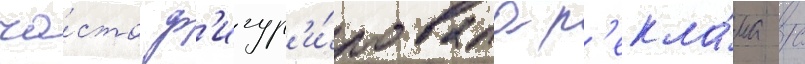
ча́сто ф'игур'и́ровала р'екла́ма с